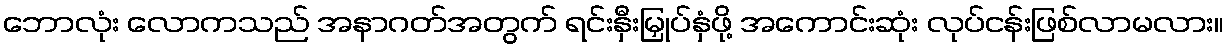
ဘောလုံး လောကသည် အနာဂတ်အတွက် ရင်းနှီးမြှုပ်နှံဖို့ အကောင်းဆုံး လုပ်ငန်းဖြစ်လာမလား။